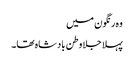
وہ رنگون میں
پہلا جلا وطن بادشاہ تھا۔